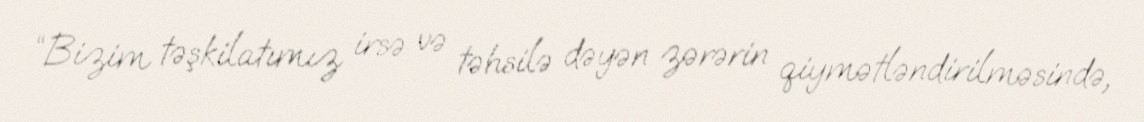
“Bizim təşkilatımız irsə və təhsilə dəyən zərərin qiymətləndirilməsində,